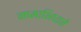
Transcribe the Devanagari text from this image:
नामाभिधाने